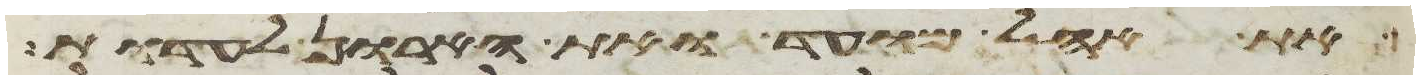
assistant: את אהל מועד ואת הארון לעדות